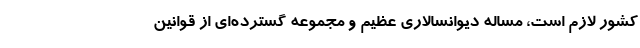
کشور لازم است، مساله دیوانسالاری عظیم و مجموعه گسترده‌ای از قوانین